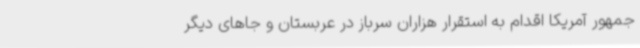
جمهور آمریکا اقدام به استقرار هزاران سرباز در عربستان و جاهای دیگر